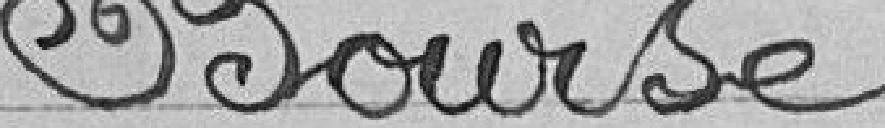
Bourse